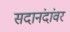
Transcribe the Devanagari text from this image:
सदानंदांवर